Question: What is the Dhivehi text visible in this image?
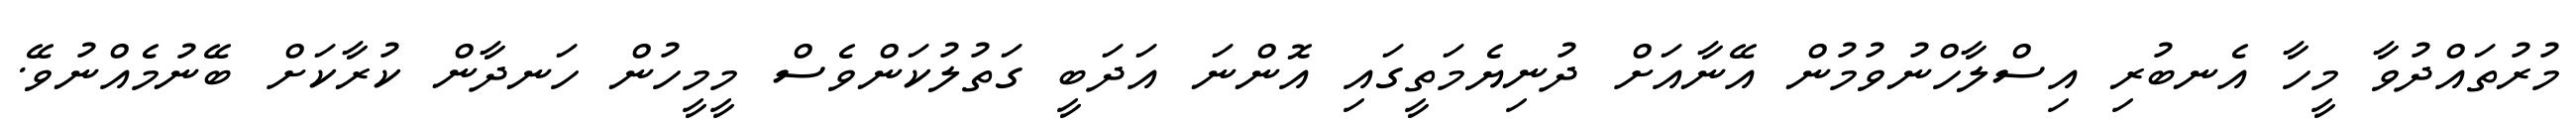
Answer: މުރުތައްދުވާ މީހާ އެނބުރި އިސްލާހްނުވުމުން އޭނާއަށް ދުނިޔެމަތީގައި އޮންނަ އަދަބީ ގަތުލުކަންވެސް މީމީހުން ހަނދާން ކުރާކަށް ބޭނުމެއްނުވޭ.